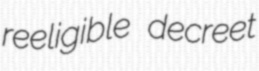
reeligible decreet